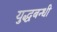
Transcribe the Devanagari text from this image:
युद्धबन्धी